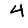
Digit: 4